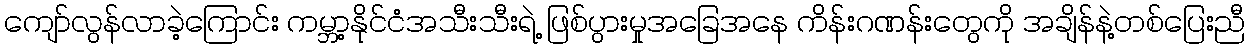
ကျော်လွန်လာခဲ့ကြောင်း ကမ္ဘာ့နိုင်ငံအသီးသီးရဲ့ ဖြစ်ပွားမှုအခြေအနေ ကိန်းဂဏန်းတွေကို အချိန်နဲ့တစ်ပြေးညီ